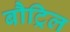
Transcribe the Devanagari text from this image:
बौट्रिल